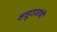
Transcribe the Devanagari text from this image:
शाहूराजांची